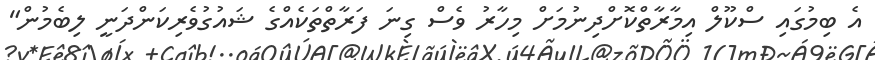
އެ ބިމުގައި ސްކޫލް އިމާރާތްކޮށްދިނުމަށް މިހާރު ވެސް ގިނަ ފަރާތްތަކެއްގެ ޝައުގުވެރިކަންދަނީ ލިބެމުން"